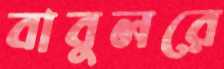
বাবুলরে